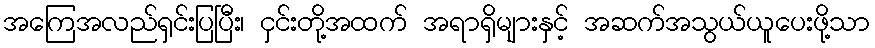
အကြေအလည်ရှင်းပြပြီး၊ ငှင်းတို့အထက် အရာရှိများနှင့် အဆက်အသွယ်ယူပေးဖို့သာ